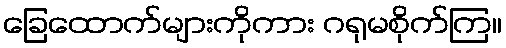
ခြေထောက်များကိုကား ဂရုမစိုက်ကြ။